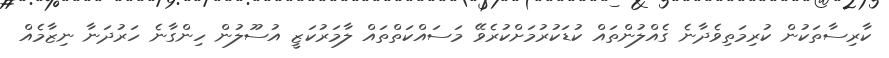
ކާރިސާތަކުން ކުރިމަތިވެދާނެ ގެއްލުންތައް ކުޑަކުރުމަށްކުރެވޭ މަސައްކަތްތައް ލާމަރުކަޒީ އުސޫލުން ހިންގާނެ ހަރުދަނާ ނިޒާމެއް